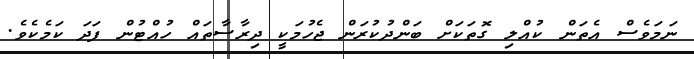
ނަމަވެސް އެތަން ކުއްލި ގޮތަކަށް ބަންދުކުރަން ޖެހުމަކީ ދިރާސާތައް ހުއްޓުން ފަދަ ކަމެކެވެ.